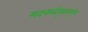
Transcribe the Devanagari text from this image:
मदनरत्नेवृद्धमनूक्तेः